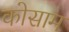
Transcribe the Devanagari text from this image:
कोसाम